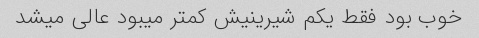
خوب بود فقط یکم شیرینیش کمتر میبود عالی میشد